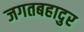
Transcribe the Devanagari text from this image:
जगतबहादुर